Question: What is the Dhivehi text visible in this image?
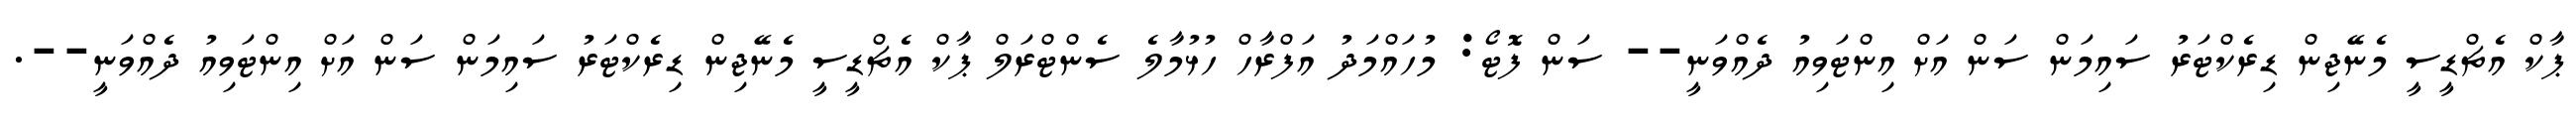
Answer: ޕާކް އެޗްޑީސީ މެނޭޖިން ޑިރެކްޓަރު ސައިމަން ސަން އަށް އިންޓަވިއު ދެއްވަނީ-- ސަން ފޮޓޯ: މުހައްމަދު އަފްރާހް ހުޅުމާލެ ސެންޓްރަލް ޕާކް އެޗްޑީސީ މެނޭޖިން ޑިރެކްޓަރު ސައިމަން ސަން އަށް އިންޓަވިއު ދެއްވަނީ--.